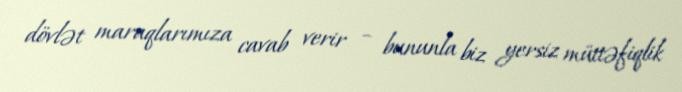
dövlət maraqlarımıza cavab verir – bununla biz yersiz müttəfiqlik